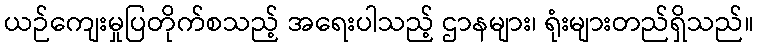
ယဉ်ကျေးမှုပြတိုက်စသည့် အရေးပါသည့် ဌာနများ၊ ရုံးများတည်ရှိသည်။